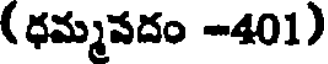
( ధమ్మవదం -401)